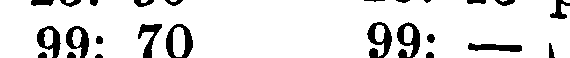
99: 70 99: —